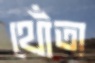
থোঁতা